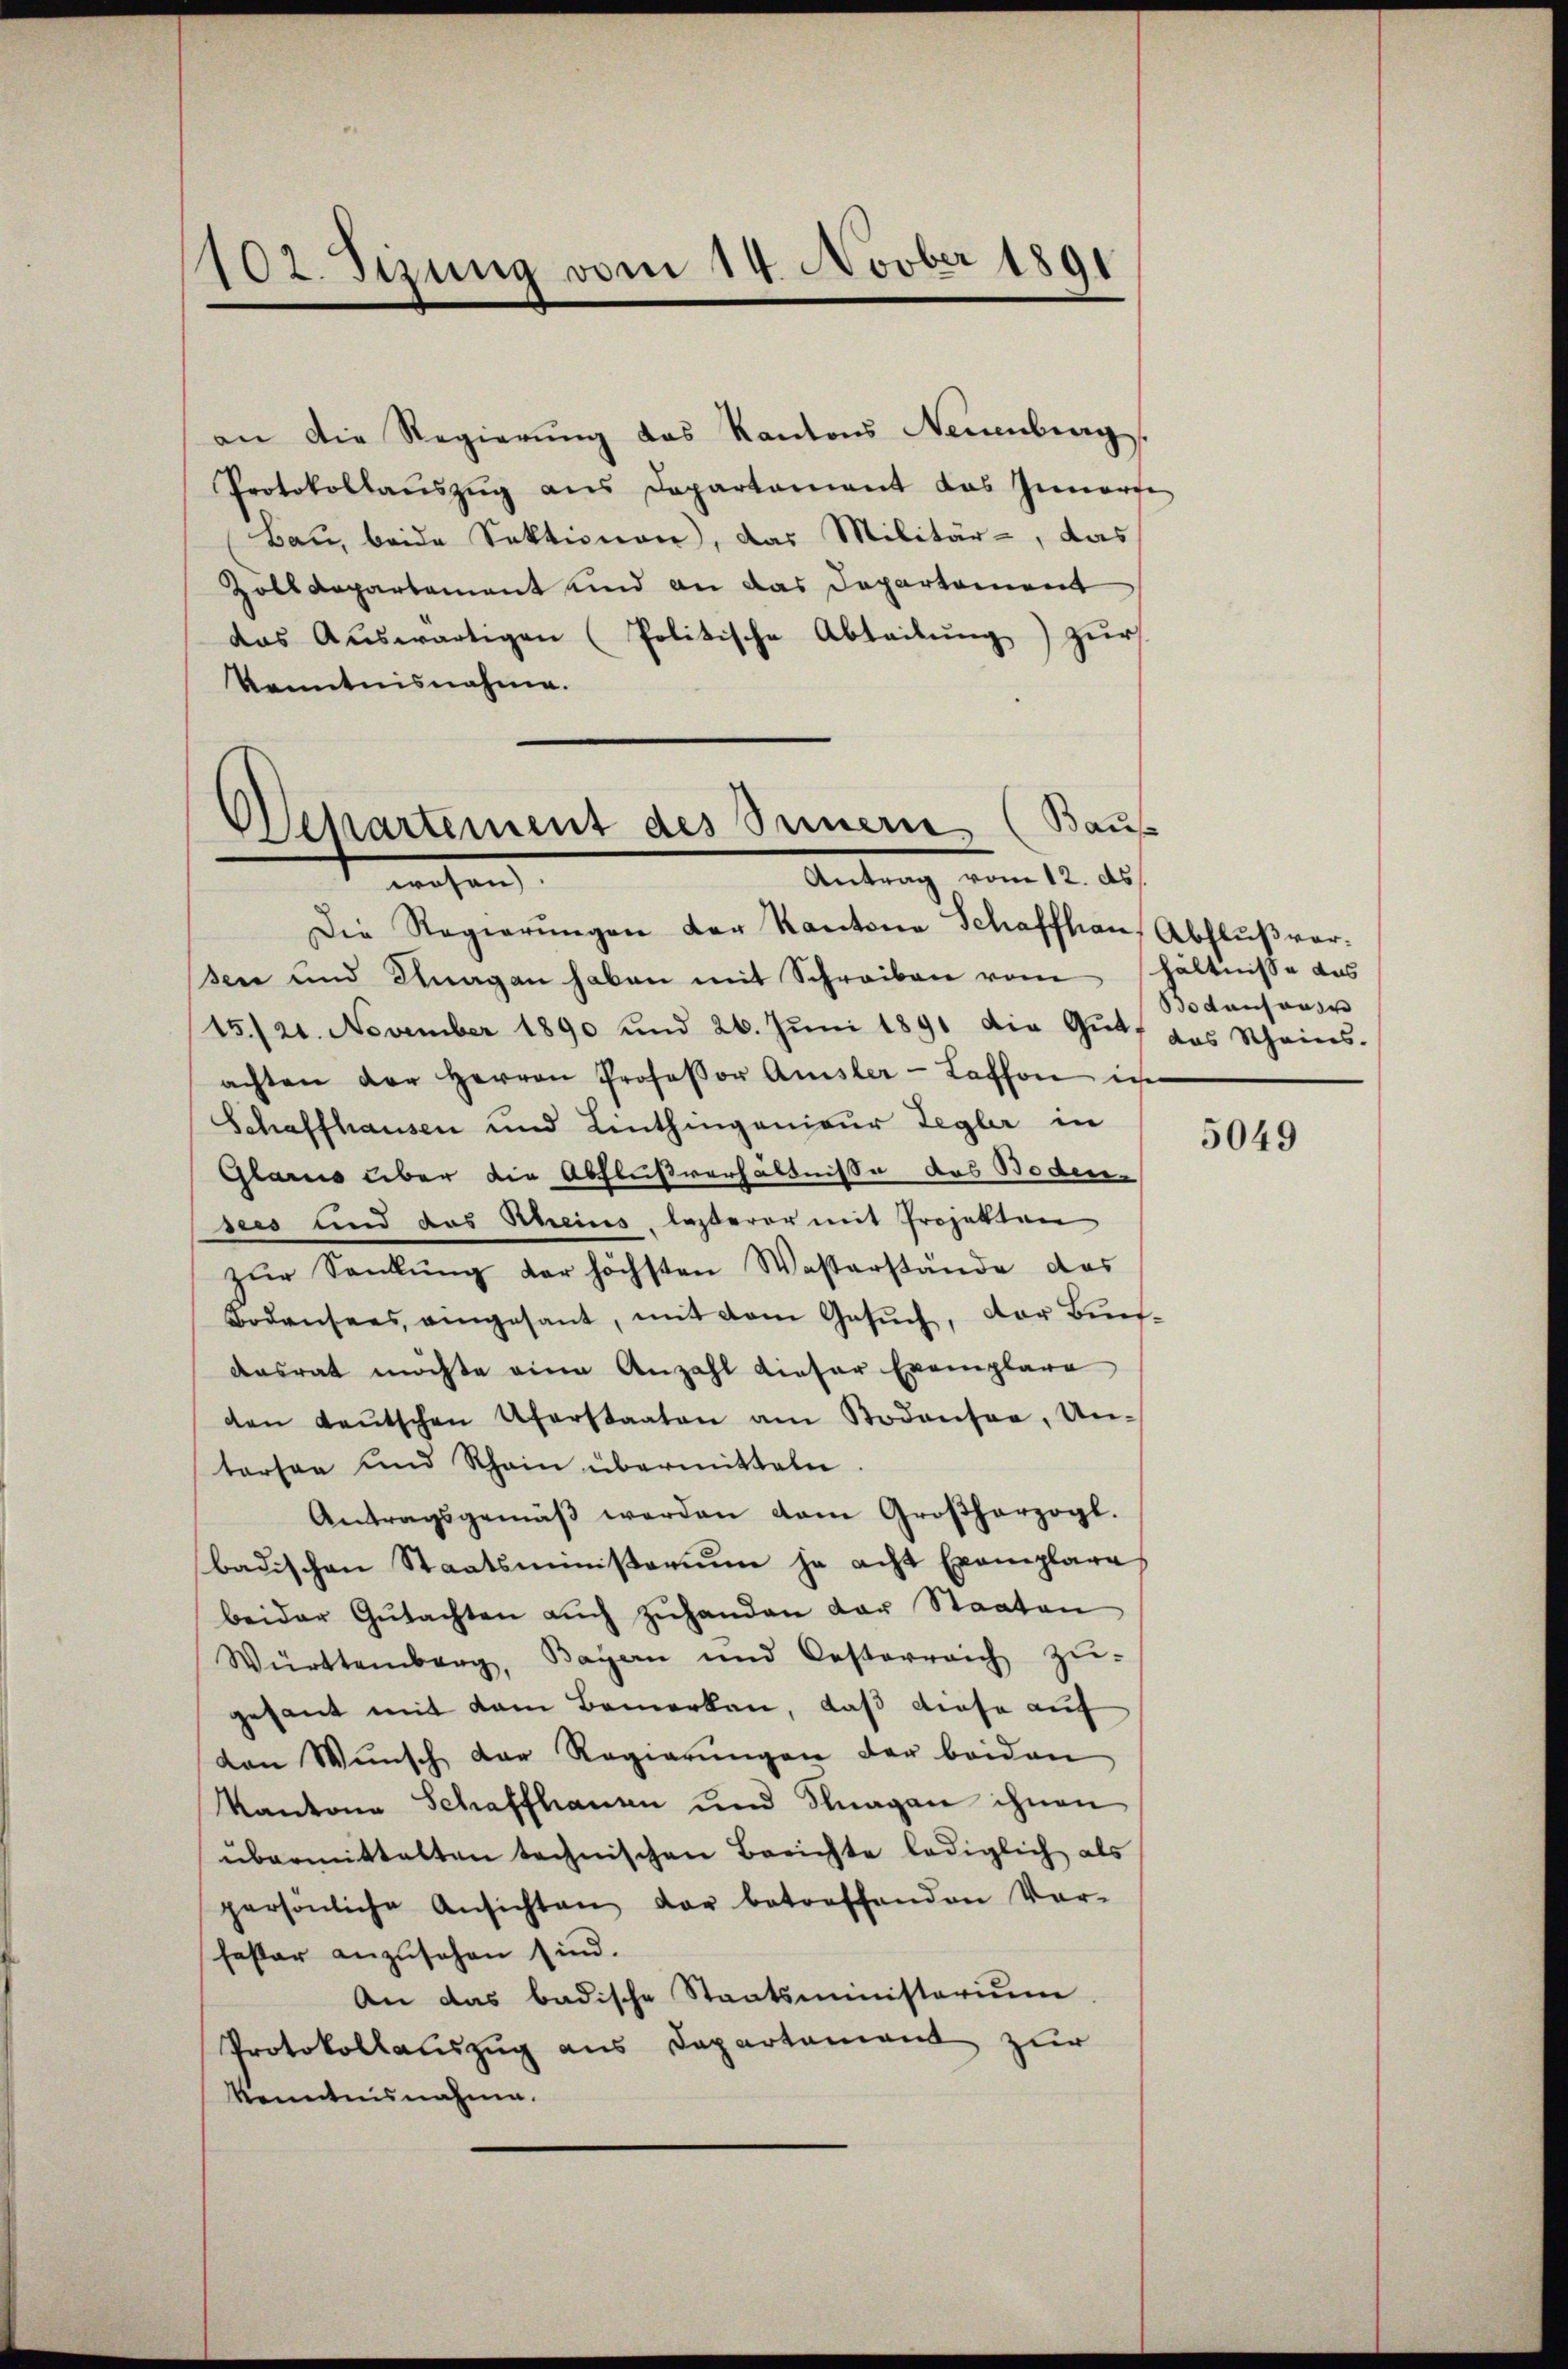
102. Sizung vom 14. Novber 1891

Protokollaŭszŭg ans Departement das Innerte
Bau, beide Sektionen, das Militär-, das
Zolldepartement und an das Departement
das Auswärtigen (Politische Abteilung) zur
Kenntnisnahme.
Departement des Innern (Baus

an die Regierung das Kantons Neuenburg.

Die Regierungen der Kantone Schaffhaus Abfluß vorsen und Knagen haben mit Schreiben vom hältnisse das
15./21. November 1890 und 26. Jŭni 1891 die Gut, das Scheins.
achten der Herren Professor Amsler-Kaffen in
Schaffhausen und Linthingenieur Regler in
Glais über die Abflußverhältnisse des Boden-
sees und das Rheins, lasserer mit Projekten
zŭr Sankŭng der höchsten Wasserstände das
Bodensees, eingesant, mit dem Gesŭch, der Bundasrat möchte eine Anzahl dieser Exemplare
den Leŭtschen Uferstaaten am Bodensee, Un-
tersee und Rhein übermitteln.
Antragsgemäβ werden vom Großherzogl.
badischen Staatsministerium ja acht Exemplares
beider Gŭtachten aŭch zŭhanden der Staaten
Württemberg, Bayern und Oesterreich zŭ-
gesant mit dem Bemerken, daß diese auf
den Wŭnsch der Regierŭngen der beiden
Kantone Schaffhausen und Klagan ihnen
übermittalten technischen Berichte lediglich als
persönliche Ansichten der betreffenden Vor-
fester anzusehen sind.
An das badische Staatsministerium
Protokollauszug aus Departement zur
kenntnisnahme.

Antrag vom 12. ds.
 wesen.

Bodensange

5049